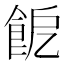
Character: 𩚬